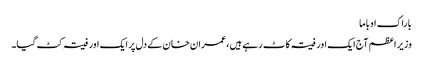
باراک اوباما
وزیر اعظم آج ایک اور فیتہ کاٹ رہے ہیں، عمران‌خان کے دل پر ایک اور فیتہ کٹ گیا۔